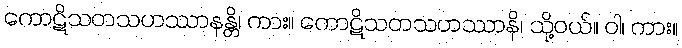
ကောဋိသတသဟဿာနန္တိ၊ ကား။ ကောဋိသတသဟဿာနိ၊ သို့ဝယ်။ ဝါ၊ ကား။